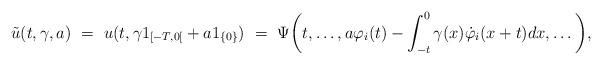
LaTeX: \begin{align*}\tilde u(t,\gamma,a) \ = \ u(t,\gamma1_{[-T,0[}+a1_{\{0\}}) \ = \ \Psi\bigg(t,\ldots,a\varphi_i(t) - \int_{-t}^0 \gamma(x)\dot{\varphi}_i(x+t)dx,\ldots\bigg),\end{align*}